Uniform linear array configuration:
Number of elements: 12
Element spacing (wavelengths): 0.75
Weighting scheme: hamming
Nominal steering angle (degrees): -15
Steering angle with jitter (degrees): -14.288
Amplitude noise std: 0.05
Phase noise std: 0.05

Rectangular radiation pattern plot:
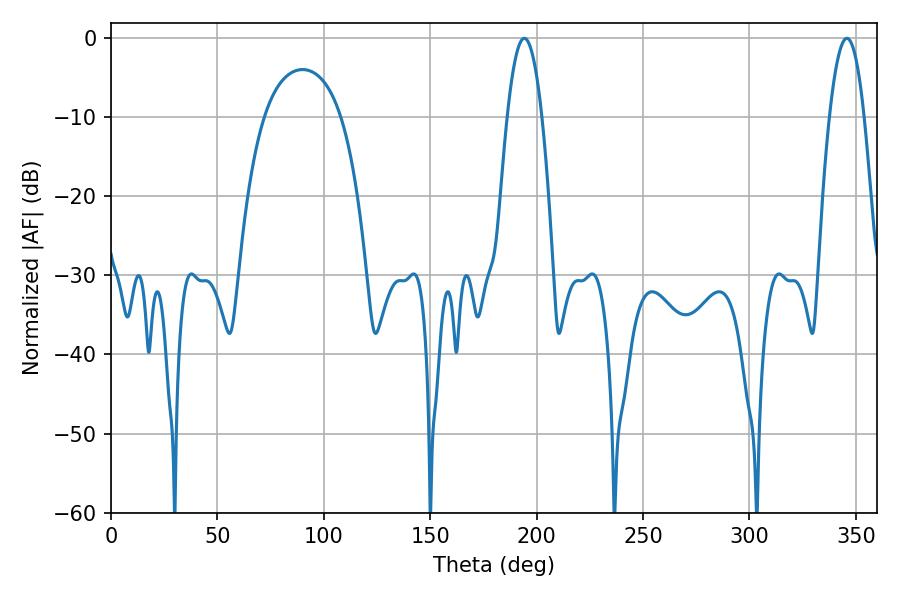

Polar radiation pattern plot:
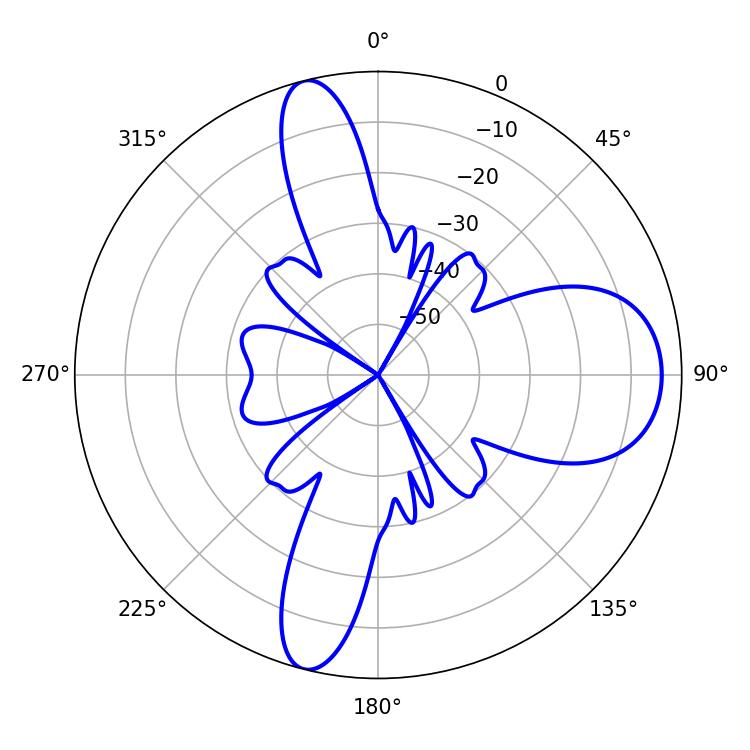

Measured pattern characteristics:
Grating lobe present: TRUE
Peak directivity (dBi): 12.769
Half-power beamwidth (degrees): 9
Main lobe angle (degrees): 345.78